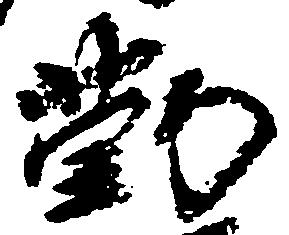
勤